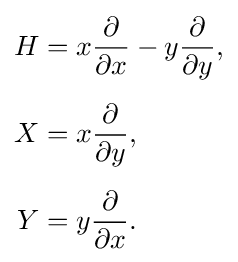
{\begin{aligned}H&=x{\frac {\partial }{\partial x}}-y{\frac {\partial }{\partial y}},\\[5pt]X&=x{\frac {\partial }{\partial y}},\\[5pt]Y&=y{\frac {\partial }{\partial x}}.\end{aligned}}